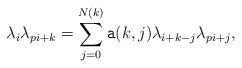
\begin{align*}\lambda_i\lambda_{pi+k}=\sum_{j=0}^{N(k)} {\tt a}(k,j)\lambda_{i+k-j}\lambda_{pi+j},\end{align*}